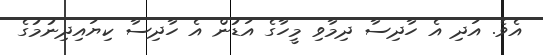
އެވެ. އަދި އެ ހާދިސާ ދިމާވި މީހާގެ އަޑުން އެ ހާދިސާ ކިޔައިދިނުމުގެ